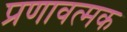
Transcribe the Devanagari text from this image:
प्रणावत्मक